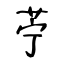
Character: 苧